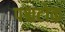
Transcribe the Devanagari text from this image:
पश्चटोक